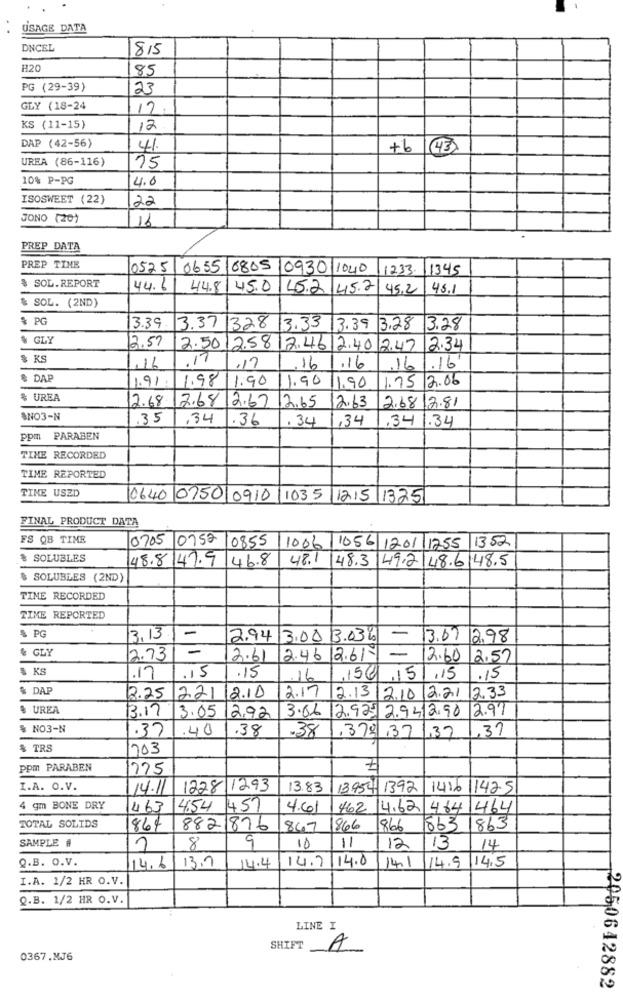
USAGE DATA
DNCEL
815
#20
85
PG (29-39)
23
GLY (18-24
17
KS (11-15)
12
DAP (42-56)
41.
+6
(43)
UREA (86-116)
15
10% P-PG
4.0
ISOSWEET (22)
22
JONO (20)
16
PREP DATA
PREP TIME
0525/ 0655 0805
10930 1040
1233
1345
$ SOL.REPORT
44.61
44.8
145.0
45.2 45.2
45.2
45.1
& SOL. (2ND)
% PG
3.39
3.37 328
13.33
13.39
13.28
3.28
& GLY
2.57
2.50
2.58 /2.4612.40
2.47
2.34
$ RS
, 17
.16
,17
16
.16
.16
1.16
& DAP
1.91
1.98
1.90
1.90
11.90
1.75/2.06
% UREA
2.68
7.68
12.67
2.65
12.63
2.68 2.81
SNO3-N
.35
,34
.36
.34
,34
.34
1.34
ppm PARABEN
TINE RECORDED
TIME REPORTED
TINE USED
10640 0750 0910
1035 1215 1325
FINAL PRODUCT DATA
FS QB TIME
0705 0752
0855 /1006 1056 1201 1755 1352
% SOLUBLES
48.8 47.9
46.8
48.1
48.3 49.2 48.6 48.5
$ SOLUBLES (2ND)
TIME RECORDED
TIME REPORTED
$ PG
-
3,13
2.94
3.00 3.036 -
13.69
2.98
& GLY
-
2.73
2.61
2.46
26-
12.60
12.57
$ KS
.17
.15
.15
.16
15@15.15
.15
$ DAP
2,33
2.25 221
12.10
2.17
2.13 2.10 2.21
& UREA
12.97
13.17
3.05292
3.06 2.925 2.942.90
$ NO3-N
.37
.40
1.38
37
.38
,379,37 ,37
& TRS
703
ppm PARABEN
1775
I.A. O.V.
14.11
1228 1293
13.83
13.954 1392
1416
11425
4 gm BONE DRY
463
4:54 457
4.61
462 14.62 464
1464
TOTAL SOLIDS
864
8821876
847
1866
866
863 1863
SAMPLE #
10
8
9
11
12
13
14
Q.B. O.V.
14.7 14.0
14.1
14.9 14,5
14.6/13.7
14.4
I.A. 1/2 HR O.V.
Q.B. 1/2 HR O.V.
44
LINE I
SHIFT
A
0367.MJ6
2050642882